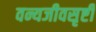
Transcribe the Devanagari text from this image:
वन्यजीवसृष्टी